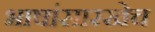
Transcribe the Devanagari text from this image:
भाषांसारखेच